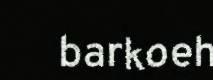
barkoeh